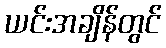
ယင်းအချိန်တွင်